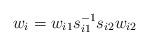
LaTeX: \begin{align*}w_i=w_{i1}s^{-1}_{i1}s_{i2} w_{i2}\end{align*}